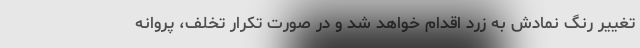
تغییر رنگ نمادش به زرد اقدام خواهد شد و در صورت تکرار تخلف، پروانه